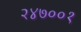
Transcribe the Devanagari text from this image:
२४७००१